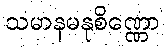
သမာနမနုစိဏ္ဏော